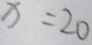
x = 2 0